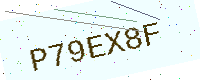
Text: P79EX8F